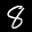
Label: 8